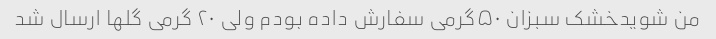
من شویدخشک سبزان ۵۰گرمی سفارش داده بودم ولی ۲۰ گرمی گلها ارسال شد